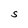
Character: S